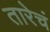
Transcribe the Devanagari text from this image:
तारेचं